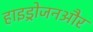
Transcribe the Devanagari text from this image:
हाइड्रोजनऔर